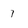
Character: 7